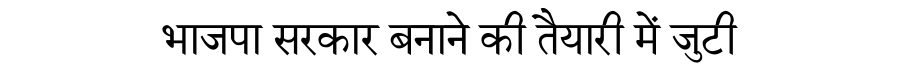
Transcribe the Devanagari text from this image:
भाजपा सरकार बनाने की तैयारी में जुटी